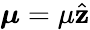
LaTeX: \boldsymbol{\mu}=\mu\hat{\mathbf{z}}